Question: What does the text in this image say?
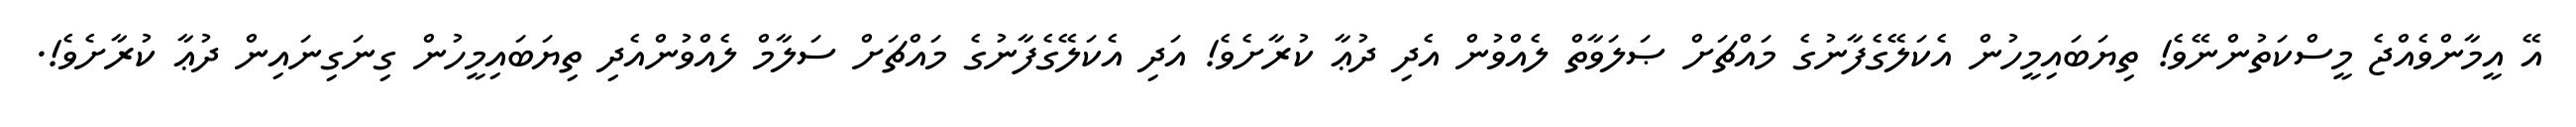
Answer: އޭ އީމާންވެއްޖެ މީސްކަތުންނޭވެ! ތިޔަބައިމީހުން އެކަލޭގެފާނުގެ މައްޗަށް ޞަލަވާތް ލެއްވުން އެދި ދުޢާ ކުރާށެވެ! އަދި އެކަލޭގެފާނުގެ މައްޗަށް ސަލާމް ލެއްވުންއެދި ތިޔަބައިމީހުން ގިނަގިނައިން ދުޢާ ކުރާށެވެ!.